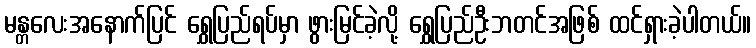
မန္တလေးအနောက်ပြင် ရွှေပြည်ရပ်မှာ ဖွားမြင်ခဲ့လို့ ရွှေပြည်ဦးဘတင်အဖြစ် ထင်ရှားခဲ့ပါတယ်။